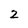
Character: 2